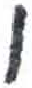
אות: ן